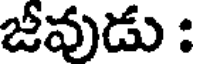
జీవుడు :